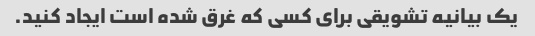
یک بیانیه تشویقی برای کسی که غرق شده است ایجاد کنید.